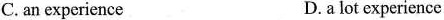
C.an experience D. a lot experience